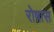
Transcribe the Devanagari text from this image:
रोषास